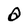
Character: O